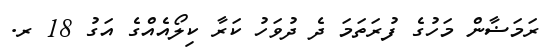
ރަމަޟާން މަހުގެ ފުރަތަމަ ދެ ދުވަހު ކަރާ ކިލޯއެއްގެ އަގު 18 ރ.